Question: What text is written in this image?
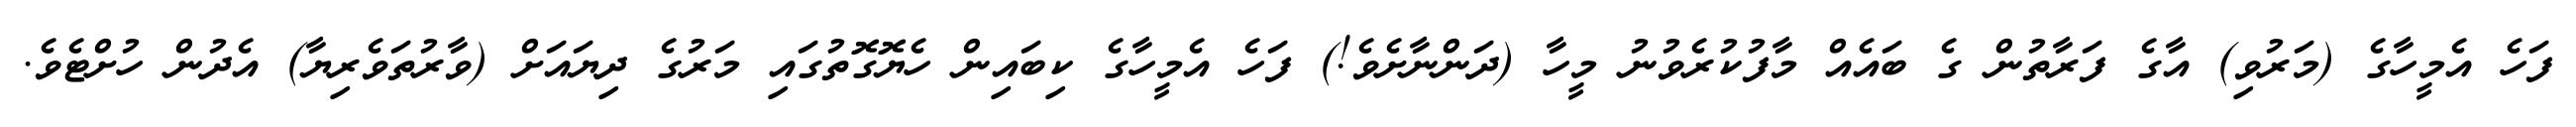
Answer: ފަހެ އެމީހާގެ (މަރުވި) އާގެ ފަރާތުން ގެ ބައެއް މާފުކުރެވުނު މީހާ (ދަންނާށެވެ!) ފަހެ އެމީހާގެ ކިބައިން ހެޔޮގޮތުގައި މަރުގެ ދިޔައަށް (ވާރުތަވެރިޔާ) އެދުން ހުށްޓެވެ.